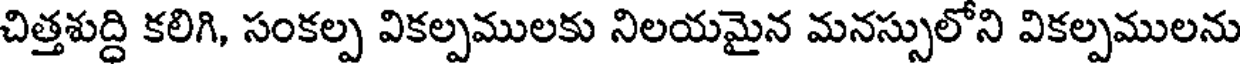
చిత్తశుద్ది కలిగి, సంకల్ప వికల్పములకు నిలయమైన మనస్సులోని వికల్పములను